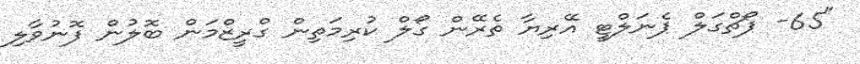
"65- ޕޯޗްގަލް ޕެނަލްޓީ އޭރިޔާ ތެރޭން ގޯލް ކުރިމަތިން ގްރީޒްމަން ބޮލުން ފޮނުވާލި